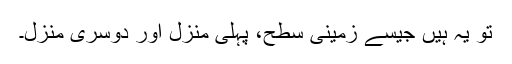
تو یہ ہیں جیسے زمینی سطح، پہلی منزل اور دوسری منزل۔